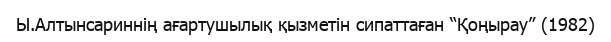
Ы.Алтынсариннің ағартушылық қызметін сипаттаған “Қоңырау” (1982)